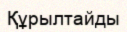
Құрылтайды